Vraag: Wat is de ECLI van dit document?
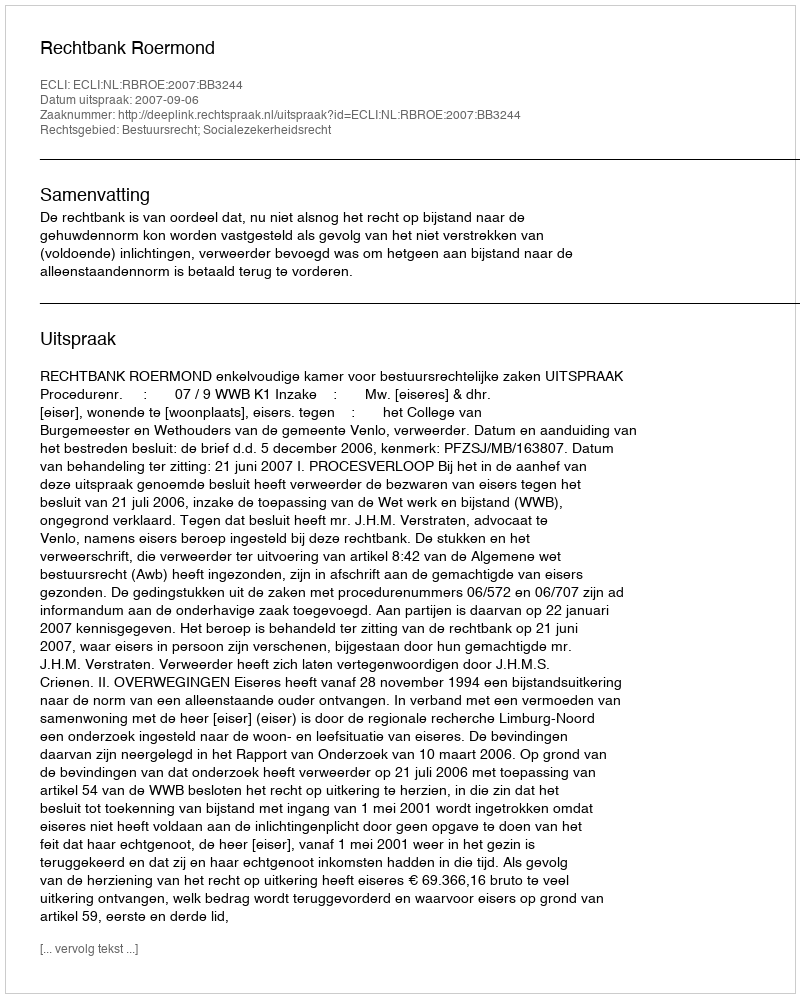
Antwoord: ECLI:NL:RBROE:2007:BB3244